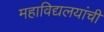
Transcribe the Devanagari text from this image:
महाविद्यलयांची